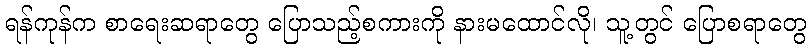
ရန်ကုန်က စာရေးဆရာတွေ ပြောသည့်စကားကို နားမထောင်လို၊ သူ့တွင် ပြောစရာတွေ